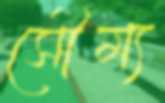
সৌম্য